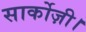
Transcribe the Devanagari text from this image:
सार्कोज़ी।